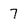
Character: 7